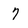
Character: 7